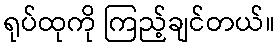
ရုပ်ထုကို ကြည့်ချင်တယ်။